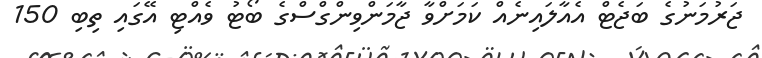
ޖަރުމަނުގެ ބަޖެޓް އެއާލައިނެއް ކަމަށްވާ ޖާމަންވިންގްސްގެ ބޯޓު ވެއްޓި އޭގައި ތިބި 150